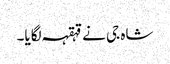
شاہ جی نے قہقہہ لگایا۔